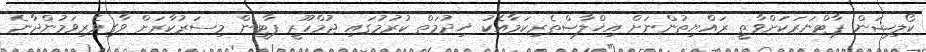
ކޯލިޝަން ޕާޓްނަރަކަށްވާތީ ރައްޔިތުންނަށް އިޚްލާޞްތެރިކަމާއެކު ޚިދުމަތް ކުރުމުގައި ޖުމްހޫރީ ޕާޓީން މިސަރުކާރަށް ވާގިވެރިވަމުންދާނެ